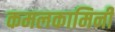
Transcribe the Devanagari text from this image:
कमलकामिनी